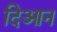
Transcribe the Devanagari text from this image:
दिआन